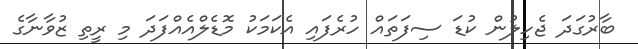
ބާރުގަދަ ޖެހިލުން ކުޑަ ސިފަތައް ހުރެފައި އެކަމަކު މޮޑެލްއެއްފަދަ މި ރީތި ޒުވާނާގެ